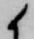
候